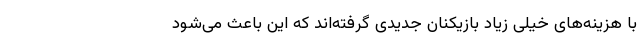
با هزینه‌های خیلی زیاد بازیکنان جدیدی گرفته‌اند که این باعث می‌شود